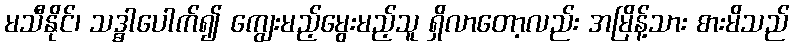
မသီနိုင်၊ သဒ္ဓါပေါက်၍ ကျွေးမည့်မွေးမည့်သူ ရှိလာတော့လည်း အမြိန့်သား စားမိသည်